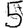
Digit: 5